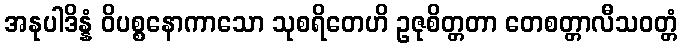
အနုပါဒိန္နံ ဝိပစ္စနောကာသော သုစရိတေဟိ ဥဇုစိတ္တတာ တေစတ္တာလီသဝတ္တံ